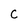
Character: C